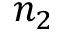
n _ { 2 }